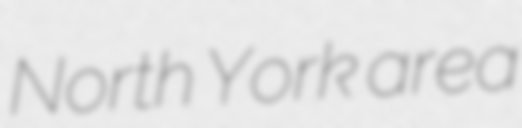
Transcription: North York area